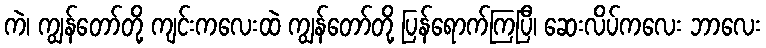
ကဲ၊ ကျွန်တော်တို့ ကျင်းကလေးထဲ ကျွန်တော်တို့ ပြန်ရောက်ကြပြီ၊ ဆေးလိပ်ကလေး ဘာလေး